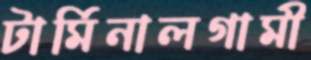
টার্মিনালগামী